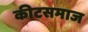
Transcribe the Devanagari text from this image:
कीटसमाज